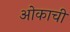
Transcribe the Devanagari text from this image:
ओकाची